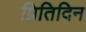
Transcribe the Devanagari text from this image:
प्रितिदिन